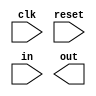
// For each bit in a 32-bit vector, capture when the input signal changes from 1 in one clock cycle to 0 the next. "Capture" means that the output will remain 1 until the register is reset (synchronous reset).

// Each output bit behaves like a SR flip-flop: The output bit should be set (to 1) the cycle after a 1 to 0 transition occurs. The output bit should be reset (to 0) at the positive clock edge when reset is high. If both of the above events occur at the same time, reset has precedence. In the last 4 cycles of the example waveform below, the 'reset' event occurs one cycle earlier than the 'set' event, so there is no conflict here.

module top_module (
    input clk,
    input reset,
    input [31:0] in,
    output [31:0] out
);

	// Insert your code here

endmodule